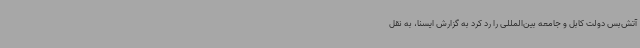
آتش‌بس دولت کابل و جامعه بین‌المللی را رد کرد به گزارش ایسنا، به نقل